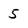
Character: 5